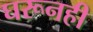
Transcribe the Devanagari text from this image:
घरूनही